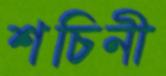
শচিনী